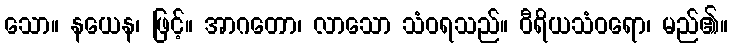
သော။ နယေန၊ ဖြင့်။ အာဂတော၊ လာသော သံဝရသည်။ ဝီရိယသံဝရော၊ မည်၏။